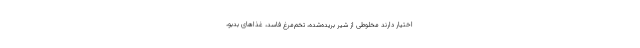
اختیار دارند مخلوطی از شیر بریده‌شده، تخم‌مرغ فاسد، غذا‌های بدبو،